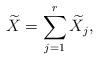
LaTeX: \begin{align*}\widetilde{X} = \sum_{j=1}^{r}\widetilde{X}_{j},\end{align*}